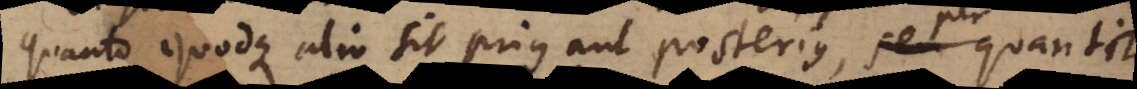
quanto quodque alio sit prius aut posterius, seu quantit